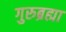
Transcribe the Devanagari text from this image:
गुरुब्रह्मा